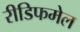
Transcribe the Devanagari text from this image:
रीडिफमेल